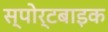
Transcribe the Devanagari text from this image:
स्पोर्टबाइक